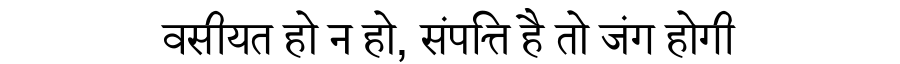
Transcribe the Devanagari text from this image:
वसीयत हो न हो, संपत्ति है तो जंग होगी